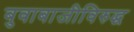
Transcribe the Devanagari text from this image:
बुवाबाजीविरुद्ध